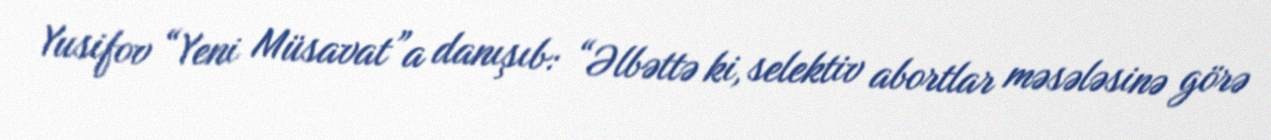
Yusifov “Yeni Müsavat”a danışıb: “Əlbəttə ki, selektiv abortlar məsələsinə görə